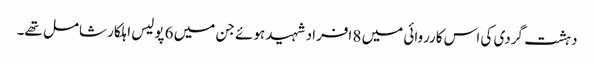
دہشت گردی کی اس کارروائی میں 8 افراد شہید ہوئے جن میں 6 پولیس اہلکار شامل تھے۔